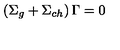
\left( \Sigma _ { g } + \Sigma _ { c h } \right) \Gamma = 0